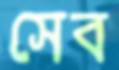
সেব